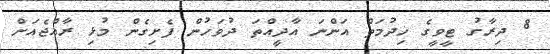
8 ދިރާގު ޓީވީގެ ޚިދުމަތް އަންނަ އާދީއްތަ ދުވަހުން ފެށިގެން މުޅި ރާއްޖެއަށް